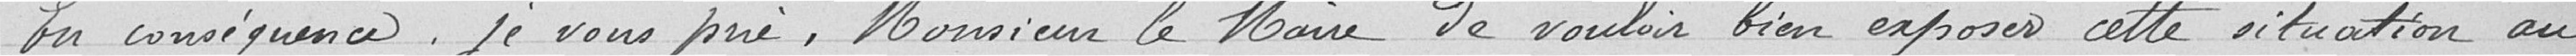
En conséquence, je vous prie, Monsieur le maire de vouloir bien exposer cette situation au